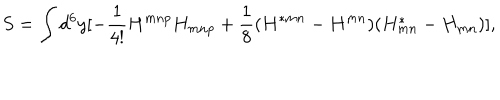
S = \int d ^ { 6 } y [ - { \frac { 1 } { 4 ! } } H ^ { m n p } H _ { m n p } + { \frac { 1 } { 8 } } ( H ^ { * m n } - H ^ { m n } ) ( H _ { m n } ^ { * } - H _ { m n } ) ] ,